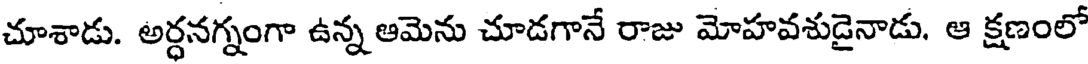
చూశాడు. అర్ధనగ్నంగా ఉన్న ఆమెను చూడగానే రాజు మోహవశుడైనాడు. ఆ క్షణంలో